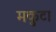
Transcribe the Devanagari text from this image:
मकुटा